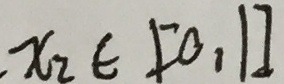
x _ { 2 } \in [ 0 , 1 ]